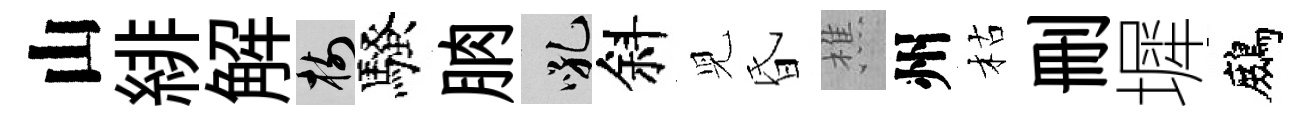
山緋解樹騷朒吼斜児昏樵州枯删墀鷓